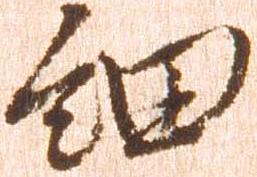
細